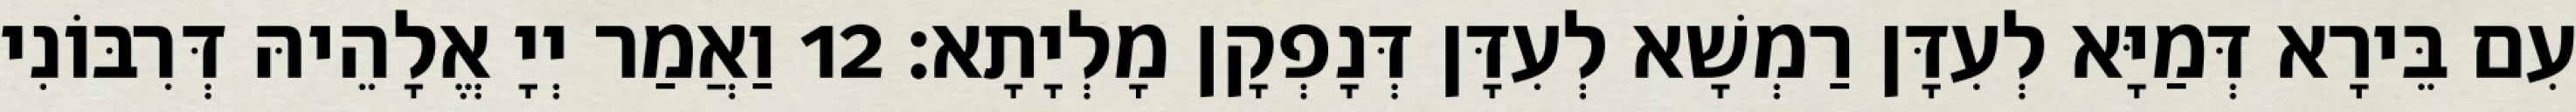
עִם בֵּירָא דְּמַיָּא לְעִדָּן רַמְשָׁא לְעִדָּן דְּנָפְקָן מָלְיָתָא׃ 12 וַאֲמַר יְיָ אֱלָהֵיהּ דְּרִבּוֹנִי